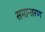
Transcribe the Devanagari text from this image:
समान्तरण